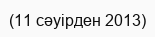
(11 сәуірден 2013)